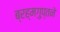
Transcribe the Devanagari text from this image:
ब्रह्मगुप्तने